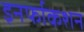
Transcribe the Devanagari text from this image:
इनर्फाकशन